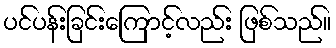
ပင်ပန်းခြင်းကြောင့်လည်း ဖြစ်သည်။